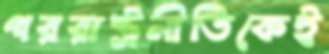
পররাষ্ট্রনীতিকেই